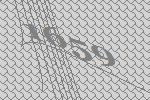
1659